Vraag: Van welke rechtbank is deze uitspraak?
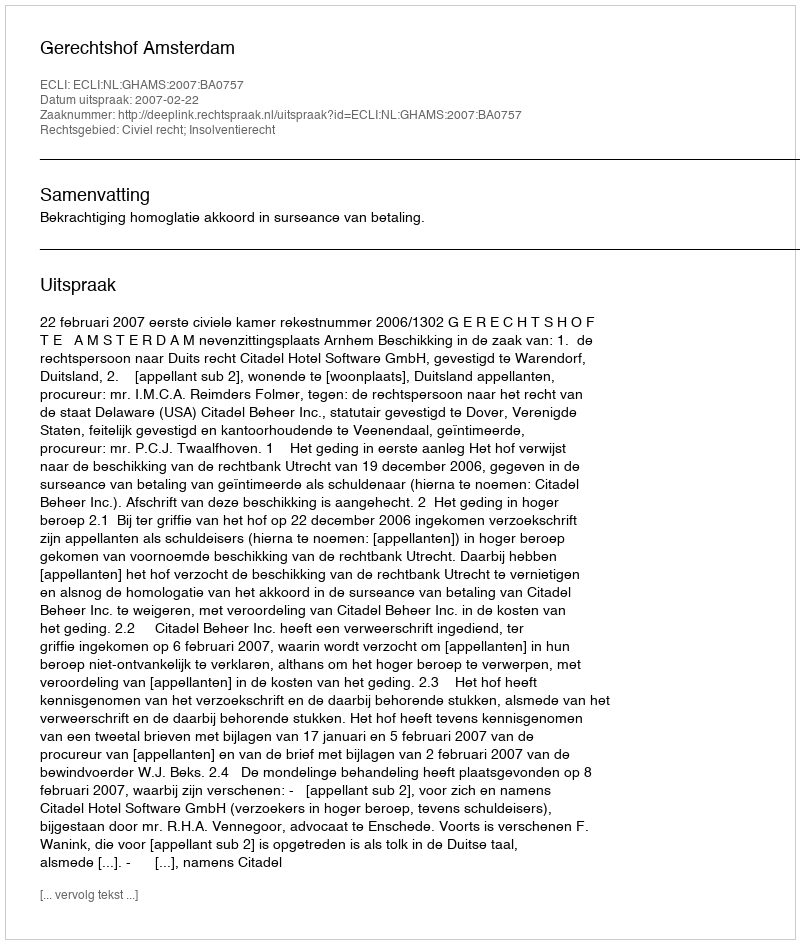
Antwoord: Gerechtshof Amsterdam